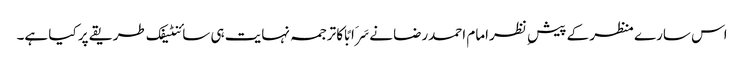
اس سارے منظر کے پیش ِ نظرامام احمدرضا نےسَرَابًا کا ترجمہ نہایت ہی سائنٹیفک طریقے پر کیا ہے۔